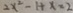
2 x ^ { 2 } - 1 + x = 2